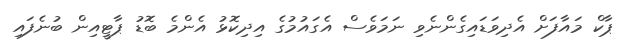
ޕާކް މައާފަށް އެދިވަޑައިގެންނެވި ނަމަވެސް އެގައުމުގެ އިދިކޮޅު އެންމެ ބޮޑު ޕާޓީއިން ބުނެފައި